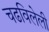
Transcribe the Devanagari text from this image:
चढविलेली